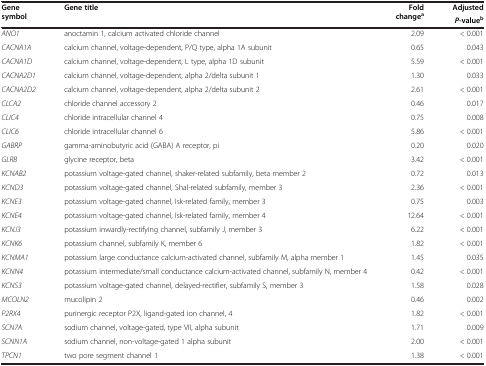
<table><thead><tr><td rowspan="2"><b>Gene symbol</b></td><td rowspan="2"><b>Gene title</b></td><td rowspan="2"><b>Fold change<sup>a</sup></b></td><td><b>Adjusted</b></td></tr><tr><td><b><i>P</i>-value<sup>b</sup></b></td></tr></thead><tbody><tr><td><i>ANO1</i></td><td>anoctamin 1, calcium activated chloride channel</td><td>2.09</td><td>&lt; 0.001</td></tr><tr><td><i>CACNA1A</i></td><td>calcium channel, voltage-dependent, P/Q type, alpha 1A subunit</td><td>0.65</td><td>0.043</td></tr><tr><td><i>CACNA1D</i></td><td>calcium channel, voltage-dependent, L type, alpha 1D subunit</td><td>5.59</td><td>&lt; 0.001</td></tr><tr><td><i>CACNA2D1</i></td><td>calcium channel, voltage-dependent, alpha 2/delta subunit 1</td><td>1.30</td><td>0.033</td></tr><tr><td><i>CACNA2D2</i></td><td>calcium channel, voltage-dependent, alpha 2/delta subunit 2</td><td>2.61</td><td>&lt; 0.001</td></tr><tr><td><i>CLCA2</i></td><td>chloride channel accessory 2</td><td>0.46</td><td>0.017</td></tr><tr><td><i>CLIC4</i></td><td>chloride intracellular channel 4</td><td>0.75</td><td>0.008</td></tr><tr><td><i>CLIC6</i></td><td>chloride intracellular channel 6</td><td>5.86</td><td>&lt; 0.001</td></tr><tr><td><i>GABRP</i></td><td>gamma-aminobutyric acid (GABA) A receptor, pi</td><td>0.20</td><td>0.020</td></tr><tr><td><i>GLRB</i></td><td>glycine receptor, beta</td><td>3.42</td><td>&lt; 0.001</td></tr><tr><td><i>KCNAB2</i></td><td>potassium voltage-gated channel, shaker-related subfamily, beta member 2</td><td>0.72</td><td>0.013</td></tr><tr><td><i>KCND3</i></td><td>potassium voltage-gated channel, Shal-related subfamily, member 3</td><td>2.36</td><td>&lt; 0.001</td></tr><tr><td><i>KCNE3</i></td><td>potassium voltage-gated channel, Isk-related family, member 3</td><td>0.75</td><td>0.003</td></tr><tr><td><i>KCNE4</i></td><td>potassium voltage-gated channel, Isk-related family, member 4</td><td>12.64</td><td>&lt; 0.001</td></tr><tr><td><i>KCNJ3</i></td><td>potassium inwardly-rectifying channel, subfamily J, member 3</td><td>6.22</td><td>&lt; 0.001</td></tr><tr><td><i>KCNK6</i></td><td>potassium channel, subfamily K, member 6</td><td>1.82</td><td>&lt; 0.001</td></tr><tr><td><i>KCNMA1</i></td><td>potassium large conductance calcium-activated channel, subfamily M, alpha member 1</td><td>1.45</td><td>0.035</td></tr><tr><td><i>KCNN4</i></td><td>potassium intermediate/small conductance calcium-activated channel, subfamily N, member 4</td><td>0.42</td><td>&lt; 0.001</td></tr><tr><td><i>KCNS3</i></td><td>potassium voltage-gated channel, delayed-rectifier, subfamily S, member 3</td><td>1.58</td><td>0.028</td></tr><tr><td><i>MCOLN2</i></td><td>mucolipin 2</td><td>0.46</td><td>0.002</td></tr><tr><td><i>P2RX4</i></td><td>purinergic receptor P2X, ligand-gated ion channel, 4</td><td>1.82</td><td>&lt; 0.001</td></tr><tr><td><i>SCN7A</i></td><td>sodium channel, voltage-gated, type VII, alpha subunit</td><td>1.71</td><td>0.009</td></tr><tr><td><i>SCNN1A</i></td><td>sodium channel, non-voltage-gated 1 alpha subunit</td><td>2.00</td><td>&lt; 0.001</td></tr><tr><td><i>TPCN1</i></td><td>two pore segment channel 1</td><td>1.38</td><td>&lt; 0.001</td></tr></tbody></table>